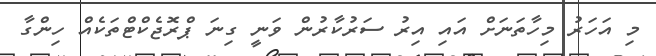
މި އަހަރު މިހާތަނަށް އައި އިރު ސަރުކާރުން ވަނީ ގިނަ ޕްރޮޖެކްޓްތަކެއް ހިންގާ